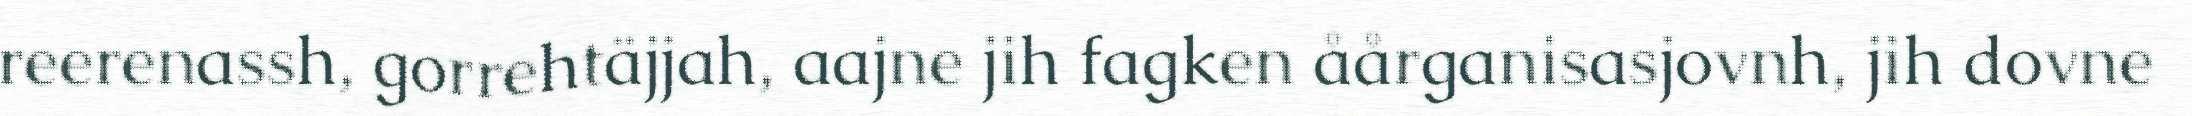
reerenassh, gorrehtäjjah, aajne jih fagken åårganisasjovnh, jih dovne